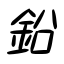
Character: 鉛